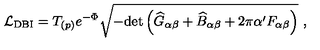
{ \cal L } _ { \mathrm { D B I } } = T _ { ( p ) } e ^ { - \Phi } \sqrt { - \mathrm { d e t } \left( { \widehat G } _ { \alpha \beta } + { \widehat B } _ { \alpha \beta } + 2 \pi \alpha ^ { \prime } F _ { \alpha \beta } \right) } \ ,